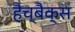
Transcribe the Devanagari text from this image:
हैच्बैक्स